Annual report of the Central Committee of the Association together with the report of the directors of the Pasteur Institute at Kasauli
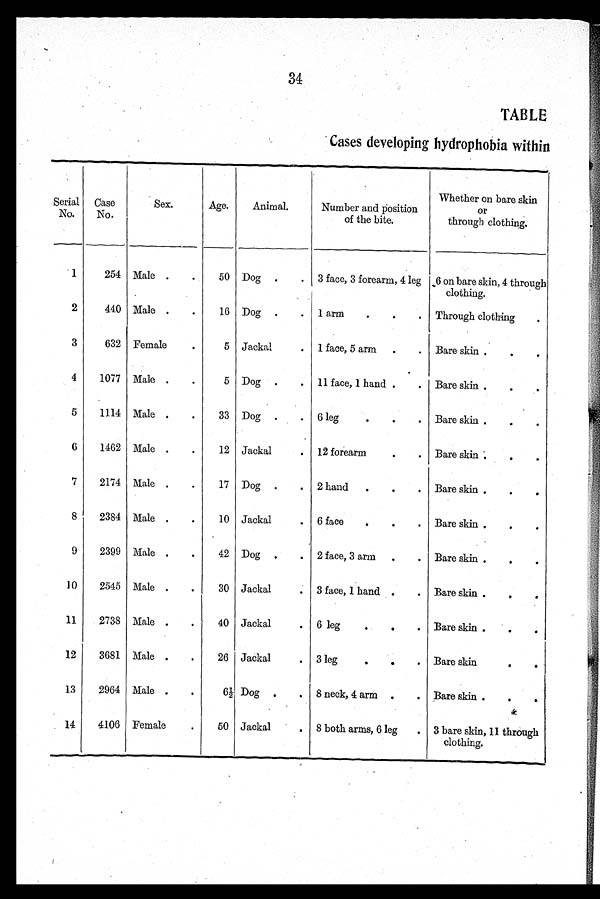
34
TABLE
Cases developing hydrophobia within
Serial
No.
Case
No.
Sex.
Age.
Animal.
Number and position
of the bite.
Whether on bare skin
or
through clothing.
1
254 Male
50 Dog
3 face, 3 forearm, 4 leg 6 on bare skin, 4 through
clothing.
2
440 Male
16 Dog
1 arm
Through clothing
3
632 Female
5 Jackal
1 face, 5 arm
Bare skin
4
1077 Male
5 Dog
11 face, 1 hand
Bare skin
5
1114 Male
33 Dog
6 leg
Bare skin
6
1462 Male
12 Jackal
12 forearm
Bare skin
7
2174 Male
17 Dog
2 hand
Bare skin
8
2384 Male
10 Jackal
6 face
Bare skin
9
2399 Male
42 Dog
2 face, 3 arm
Bare skin
10
2545 Male
30 Jackal
3 face, 1 hand
Bare skin
11
2738 Male
40 Jackal
6 leg
Bare skin
12
3681 Male
26 Jackal
3 leg
Bare skin
13
2964 Male
6½ Dog
8 neck, 4 arm
Bare skin
14
4106 Female
50 Jackal
8 both arms, 6 leg
3 bare skin, 11 through
clothing.